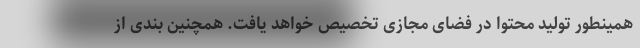
همینطور تولید محتوا در فضای مجازی تخصیص خواهد یافت. همچنین بندی از